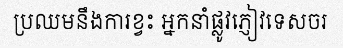
ប្រឈមនឹងការខ្វះ អ្នកនាំផ្លូវភ្ញៀវទេសចរ